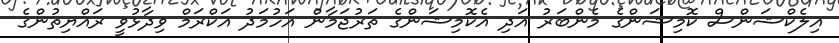
އިލެކްޝަންސް ކޮމިޝަންގެ މެންބަރު އަދި އެކޮމިޝަންގެ ތަރުޖަމާން އަހުމަދު އަކްރަމް ވިދާޅުވީ ރައްޔިތުންގެ